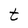
Character: t